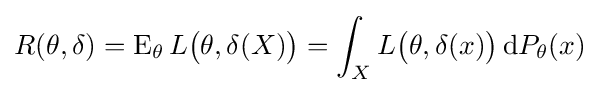
R(\theta ,\delta )=\operatorname {E} _{\theta }L{\big (}\theta ,\delta (X){\big )}=\int _{X}L{\big (}\theta ,\delta (x){\big )}\,\mathrm {d} P_{\theta }(x)